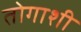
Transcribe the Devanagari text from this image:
तोगाशी